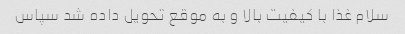
سلام غذا با کیفیت بالا و به موقع تحویل داده شد سپاس